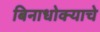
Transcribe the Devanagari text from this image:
बिनाधोक्याचे